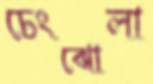
চেংঝোলা